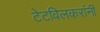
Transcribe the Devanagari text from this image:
टेटविलकरांनी